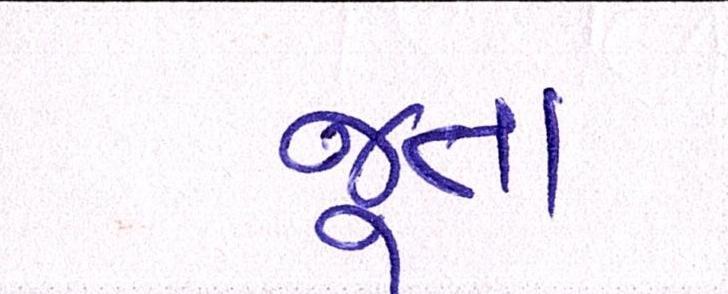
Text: જૂતા